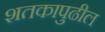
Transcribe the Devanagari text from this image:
शतकापुढील